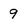
Character: 9